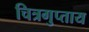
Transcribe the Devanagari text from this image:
चित्रगुप्ताय